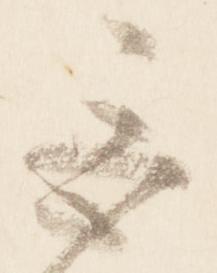
巨